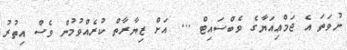
ނުވަތަ އެ ޖަމްޢިއަޔާގެ ވެބްސައިޓް ... އަށް ޒިޔާރާތް ކުރެއްވުމުން ވެސް އިތުރު